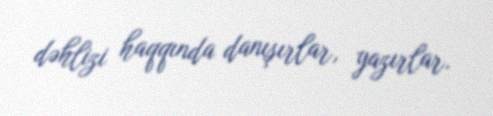
dəhlizi haqqında danışırlar, yazırlar.